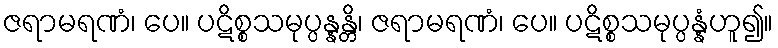
ဇရာမရဏံ၊ ပေ။ ပဋိစ္စသမုပ္ပန္နန္တိ၊ ဇရာမရဏံ၊ ပေ။ ပဋိစ္စသမုပ္ပန္နံဟူ၍။